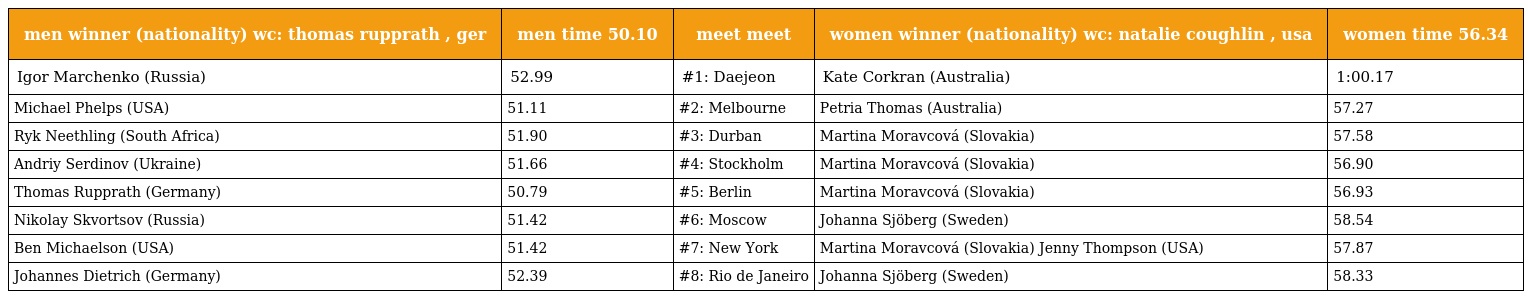
| men winner (nationality) wc: thomas rupprath , ger | men time 50.10 | meet meet | women winner (nationality) wc: natalie coughlin , usa | women time 56.34 |
 | --- | --- | --- | --- | --- |
 | Igor Marchenko (Russia) | 52.99 | #1: Daejeon | Kate Corkran (Australia) | 1:00.17 |
 | Michael Phelps (USA) | 51.11 | #2: Melbourne | Petria Thomas (Australia) | 57.27 |
 | Ryk Neethling (South Africa) | 51.90 | #3: Durban | Martina Moravcová (Slovakia) | 57.58 |
 | Andriy Serdinov (Ukraine) | 51.66 | #4: Stockholm | Martina Moravcová (Slovakia) | 56.90 |
 | Thomas Rupprath (Germany) | 50.79 | #5: Berlin | Martina Moravcová (Slovakia) | 56.93 |
 | Nikolay Skvortsov (Russia) | 51.42 | #6: Moscow | Johanna Sjöberg (Sweden) | 58.54 |
 | Ben Michaelson (USA) | 51.42 | #7: New York | Martina Moravcová (Slovakia) Jenny Thompson (USA) | 57.87 |
 | Johannes Dietrich (Germany) | 52.39 | #8: Rio de Janeiro | Johanna Sjöberg (Sweden) | 58.33 |